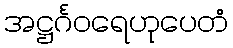
အဋ္ဌင်္ဂဝရေဟုပေတံ